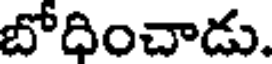
బోదించాడు.